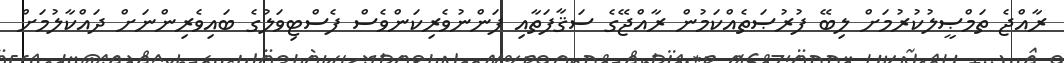
ރާއްޖެ ތަމްޞީލުކުރުމަށް ލިބޭ ފުރުޞަތެއްކަމުން ރާއްޖޭގެ ސަޤާފަތާއި ފަންނުވެރިކަންވެސް ފެސްޓިވަލުގެ ބައިވެރިންނަށް ދައްކާލުމަށް